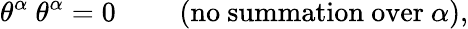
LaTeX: \theta^{\alpha}\ \theta^{\alpha}=0\qquad\mathrm{~(no~summation~over}\ \alpha),